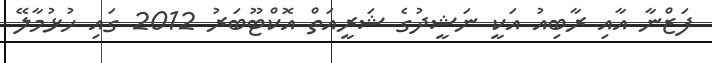
ފަޒްނާ އާއި ރާބިއު އަކީ ނަޝީދުގެ ޝަރީއަތް އޮކްޓޫބަރު 2012 ގައި ހުޅުމާލޭ